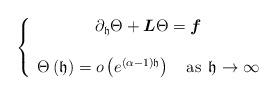
LaTeX: \begin{align*}\left\{ \begin{array}{c}\partial_{\mathfrak{h}}\Theta+\boldsymbol{L}\Theta=\boldsymbol{f}\\\\\Theta\left(\mathfrak{h}\right)=o\left(e^{\left(\alpha-1\right)\mathfrak{h}}\right)\quad\textrm{as}\;\,\mathfrak{h}\rightarrow\infty\end{array}\right.\end{align*}